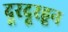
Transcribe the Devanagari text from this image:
दूरदूरहून